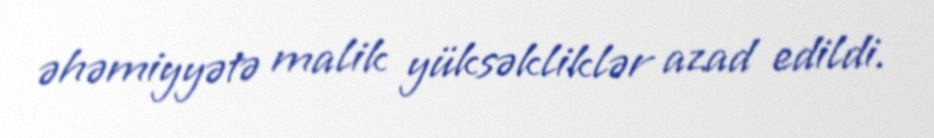
əhəmiyyətə malik yüksəkliklər azad edildi.